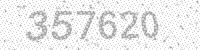
Solution: 357620